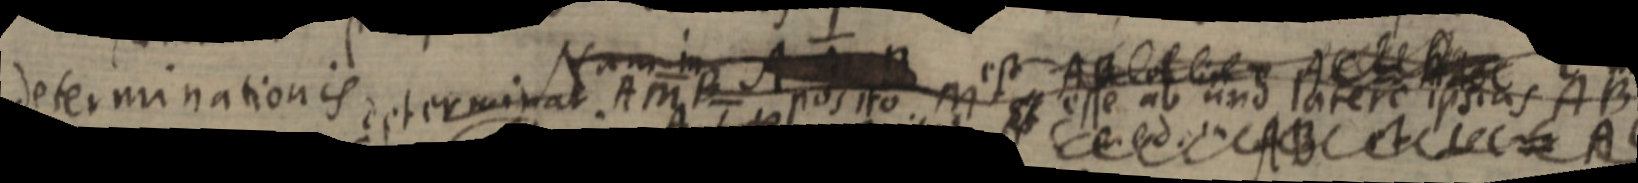
determinationis, determinat AMB posito M esse ab und latere ipsius A